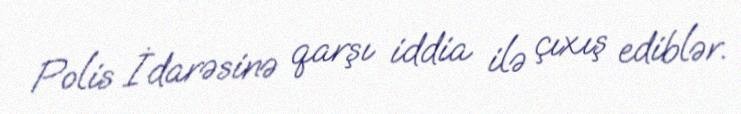
Polis İdarəsinə qarşı iddia ilə çıxış ediblər.